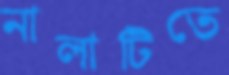
নালাটিতে